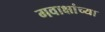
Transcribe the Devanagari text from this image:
गवाक्षांच्या